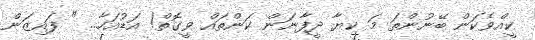
ކީއްވެކަން ބޭނުންތަ މަ ކިޔާ ދީފާނަން ކަންތައް ވީގޮތް! އަޑުއަހާ... " ފައިޒަން